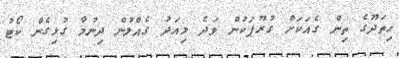
ހިތަދޫގެ ތިން ގެއަކަަށް ގުރޫޕަކުން ވަދެ މިއަދު ގެއްލުން ދިނުމާ ގުޅިގެން ކޯޓު